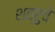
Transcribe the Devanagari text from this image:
शत्रुचे